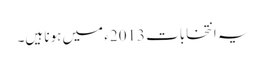
یہ انتخابات 2013ء میں ہونا ہیں۔